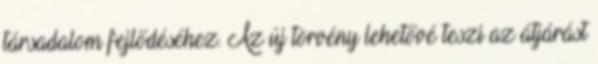
társadalom fejlődéséhez. Az új törvény lehetővé teszi az átjárást